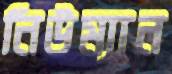
নিউম্যান